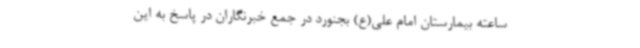
ساعته بیمارستان امام علی(ع) بجنورد در جمع خبرنگاران در پاسخ به این